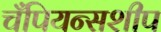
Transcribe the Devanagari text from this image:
चँपियन्सशीप